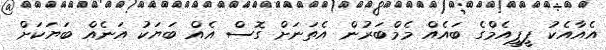
އެއާއެކު ޕީޕީއެމްގެ ބައެެއް މެމްބަރުން އެތަނަށް ގޮސް އެއް ބަޔަކު އަނެއް ބަޔަކަށް